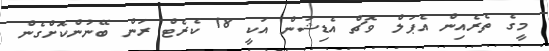
މީގެ ތެރެއިން އެޕަލް ވޮޗް އެޑިޝަން އަކީ 18 ކެރެޓް ރަން ބޭނުންކޮށްގެން